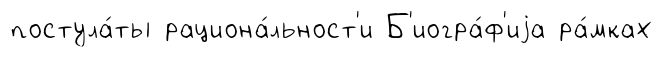
постула́ты рациона́льност'и Б'иогра́ф'иjа ра́мках